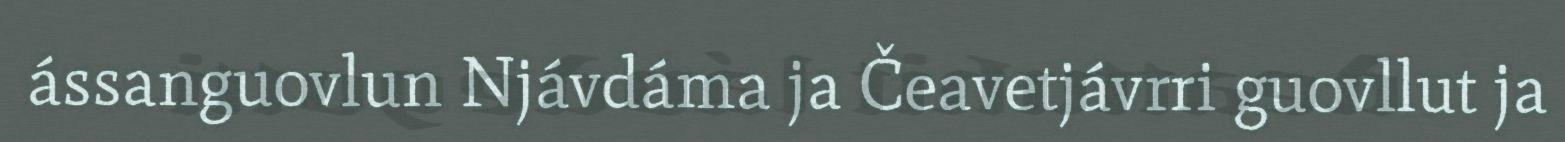
ássanguovlun Njávdáma ja Čeavetjávrri guovllut ja